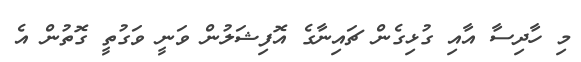
މި ހާދިސާ އާއި ގުޅިގެން ޗައިނާގެ އޮފިޝަލުން ވަނީ ވަގުތީ ގޮތުން އެ